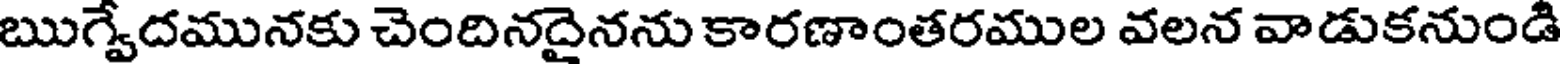
ఋగ్వేదమునకు చెందినదైనను కారణాంతరముల వలన వాడుకనుండి